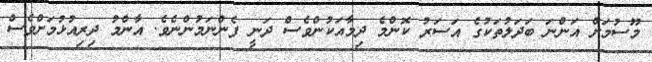
މޫސުމަށް އަންނަ ބަދަލުތަކުގެ އަސަރު ކޮންމެ ދިމާއަކުންވެސް ދަނީ ފެންނަމުންނެވެ. އާންމު ދިިރިއުޅުމަށްވެސް